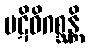
ပဋိဝိဂစ္ဆန္တိ